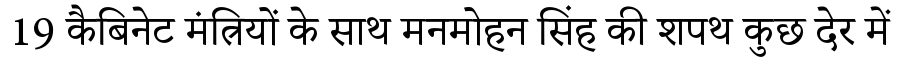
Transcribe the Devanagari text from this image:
19 कैबिनेट मंत्रियों के साथ मनमोहन सिंह की शपथ कुछ देर में